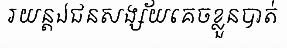
រយន្តឯជនសង្ស័យគេចខ្លួនបាត់